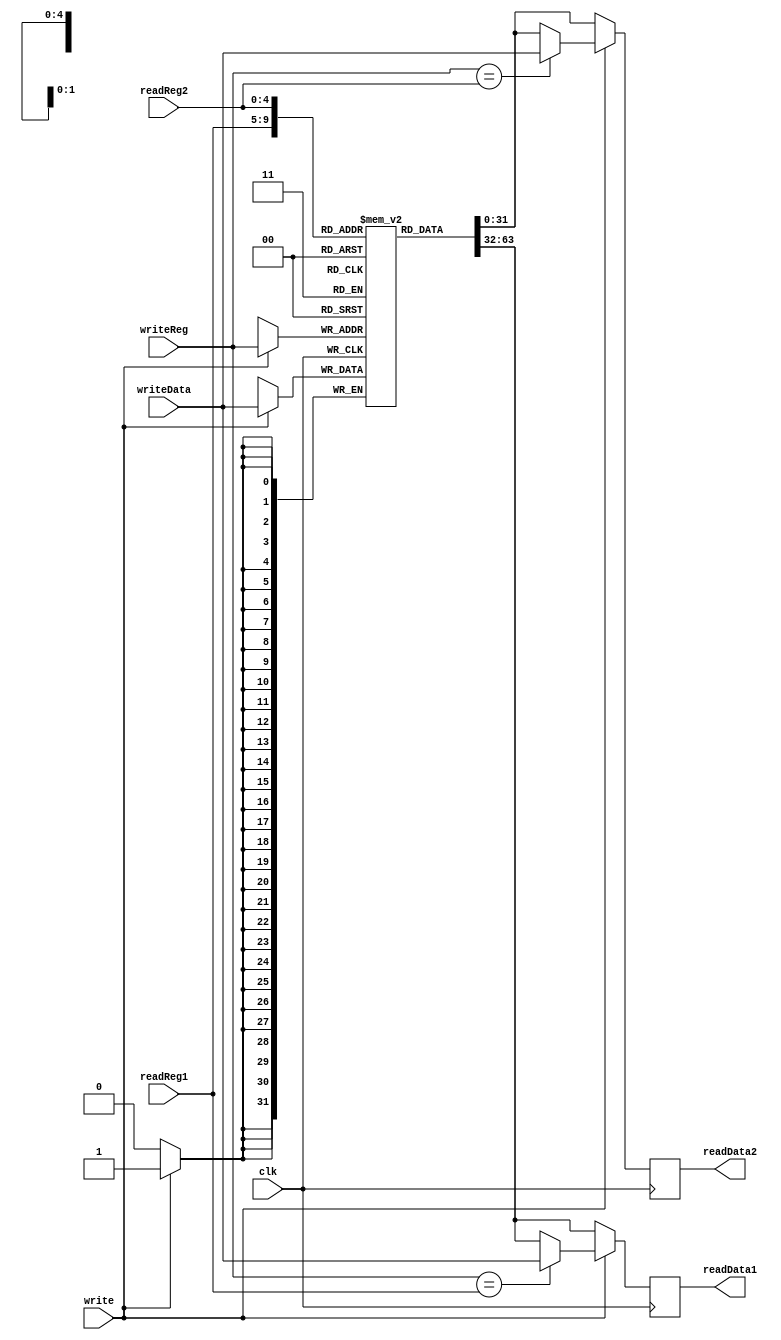
/* 
     /    .
*/
module regfile
    (input clk, 
    input write, //1bit --     
    input [4:0] readReg1, readReg2, //--      1 & 2
    input [4:0] writeReg, // --    
    input [31:0] writeData, //32bit --   
    output reg [31:0] readData1, readData2); //32bit --      1 & 2
    
    //3232-bit  
    reg [31:0] registers [0:31]; //array of 32 registers, 32 bit vectors
    integer i;

//  32      initial block   for.
    initial begin // Initialize Registers 32x32bit
        for (i=0; i<32; i=i+1) 
            registers[i] = 32'b0;
    end
    
    always @(posedge clk) 
    begin
        //        (readData1, readData2) 
        readData1 <= registers[readReg1];
        readData2 <= registers[readReg2];

        //      writeData       .
        if (write) 
        begin 
            registers[writeReg] <= writeData;
        
        //        ==      .

            if (writeReg == readReg1) //readReg1 -->      1
                readData1 <= writeData;
                //readData1 -->      1 
            if (writeReg == readReg2) 
                readData2  <= writeData;
        end
    end
endmodule
/* 
   always block         (readData1, readData2) 
     write      writeData       . 
              . */

/* 
clk  1 
readReg1  5      1
readReg2  5      2
writeReg  5    
writeData  32   
write  1     
readData1  32      1
readData2  32      2
*/